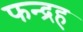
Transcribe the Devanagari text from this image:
फन्द्रह